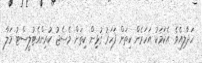
ހަދާލިއެވެ. އެކަމަކު އަހަރެން ކިތަށް ފަހަރު ގުޅިން ކިތަށް މެސެޖު ކުރިންއެޓުލީސްޓު މަލާ